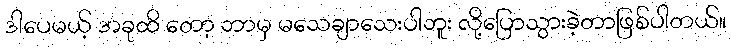
ဒါပေမယ့် အခုထိ တော့ ဘာမှ မသေချာသေးပါဘူး လို့ပြောသွားခဲ့တာဖြစ်ပါတယ်။